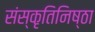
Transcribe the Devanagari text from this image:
संस्कृतिनिष्ठा